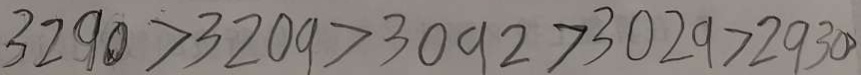
3 2 9 0 > 3 2 0 9 > 3 0 9 2 > 3 0 2 9 > 2 9 3 0